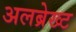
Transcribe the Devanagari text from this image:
अलब्रेख्ट